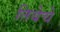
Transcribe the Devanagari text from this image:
तियेचे